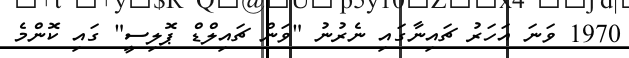
1970 ވަނަ އަހަރު ޗައިނާގައި ނެރުނު "ވަން ޗައިލްޑް ޕޮލިސީ" ގައި ކޮންމެ